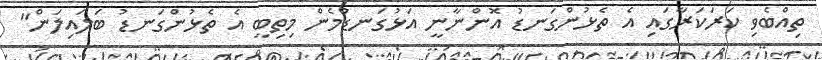
ތިއްބެވި ކަރަކަރާގައި އެ ތެޅުންގަނޑު އޮންނާނީ އަޅުގަނޑުމެން މިތިބީ އެ ތެޅުންގަނޑު ބަލައިލަން"